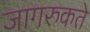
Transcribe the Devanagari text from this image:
जागरुकते